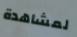
لمشاهدة